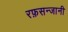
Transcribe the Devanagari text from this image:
रफ़सन्जानी